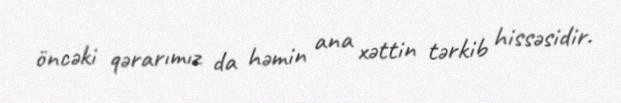
öncəki qərarımız da həmin ana xəttin tərkib hissəsidir.